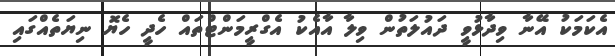
އެކަމަކު އޭނާ ވިދާޅުވީ ދައުލަތުން ވިލާ އާއެކު އެގްރީމަންޓްތައް ހެދީ ހެޔޮ ނިޔަތެެއްގައި